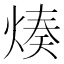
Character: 𤋷